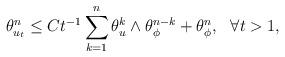
LaTeX: \begin{align*}\theta_{u_t}^n \leq Ct^{-1}\sum_{k=1}^n \theta_{u}^k\wedge \theta_{\phi}^{n-k} + \theta_{\phi}^n, \ \ \forall t>1, \end{align*}